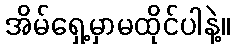
အိမ်ရှေ့မှာမထိုင်ပါနဲ့။